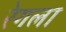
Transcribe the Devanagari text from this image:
रेगला